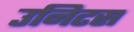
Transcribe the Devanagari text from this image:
उनिटस